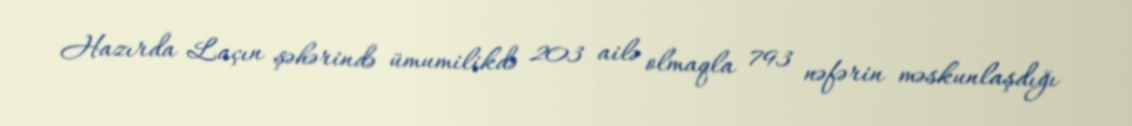
Hazırda Laçın şəhərində ümumilikdə 203 ailə olmaqla 793 nəfərin məskunlaşdığı